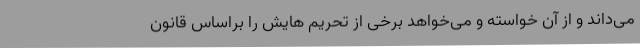
می‌داند و از آن خواسته و می‌خواهد برخی از تحریم هایش را براساس قانون